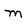
Character: m